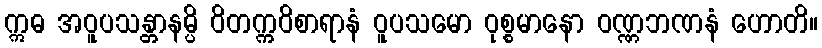
ဣဓ အဝူပသန္တာနမ္ပိ ဝိတက္ကဝိစာရာနံ ဝူပသမော ဝုစ္စမာနော ဝဏ္ဏဘဏနံ ဟောတိ။